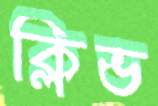
ক্লিভ